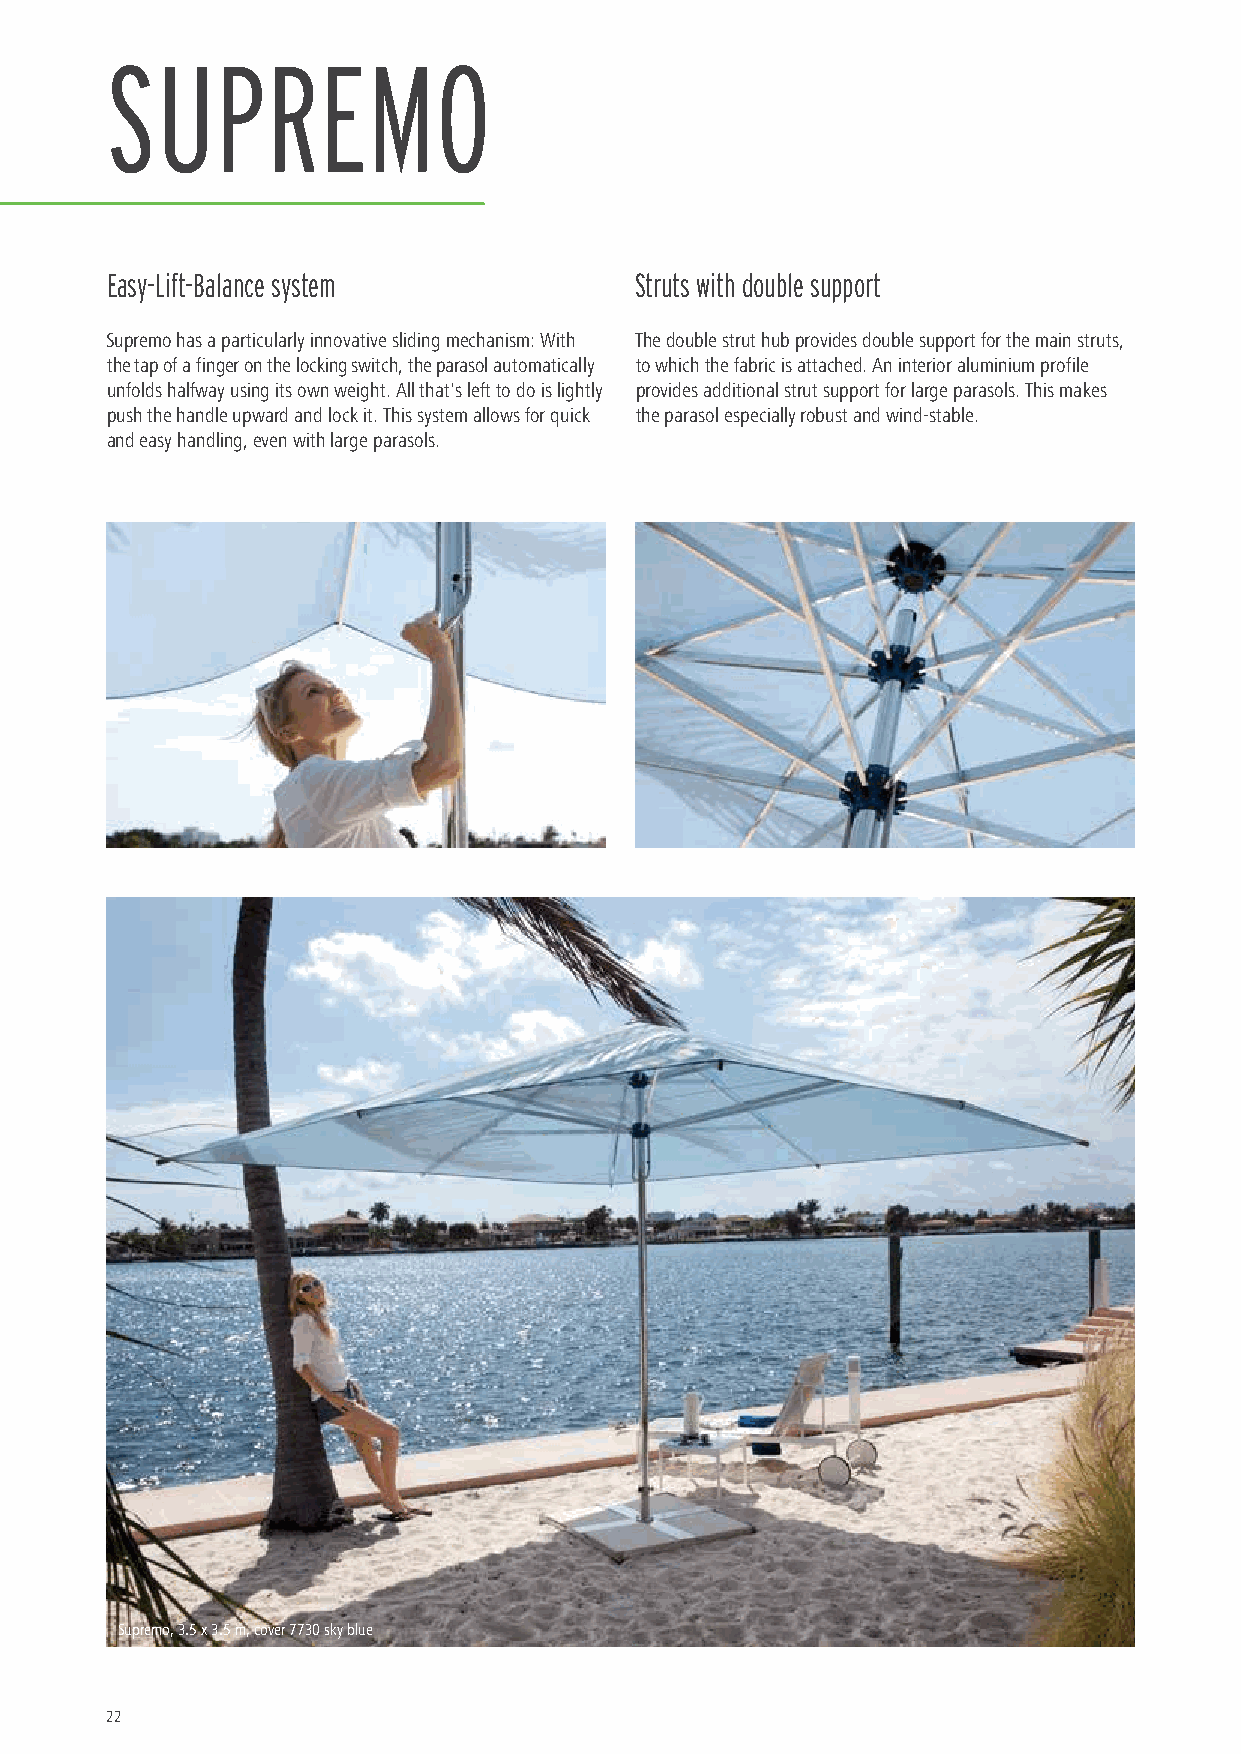
SUPREMO
 Easy-Lift-Balance system           Struts with double support
 Supremo has a particularly innovative sliding mechanism: With The double strut hub provides double support for the main struts,
 the tap of a finger on the locking switch, the parasol automatically to which the fabric is attached. An interior aluminium profile
 unfolds halfway using its own weight. All that's left to do is lightly provides additional strut support for large parasols. This makes
 push the handle upward and lock it. This system allows for quick the parasol especially robust and wind-stable.
 and easy handling, even with large parasols.
 Supremo, 3.5 x 3.5 m, cover 7730 sky blue
 22